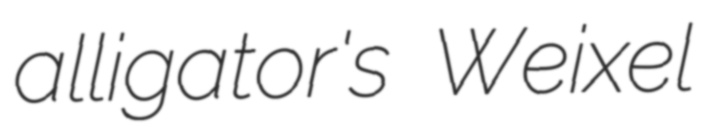
alligator's Weixel